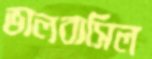
ভালবাসিল